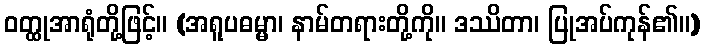
ဝတ္ထုအာရုံတို့ဖြင့်။ (အရူပဓမ္မာ၊ နာမ်တရားတို့ကို။ ဒဿိတာ၊ ပြုအပ်ကုန်၏။)